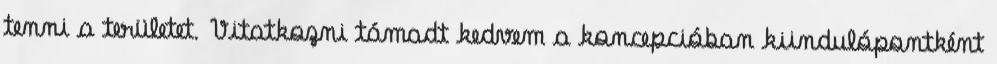
tenni a területet. Vitatkozni támadt kedvem a koncepcióban kiindulópontként